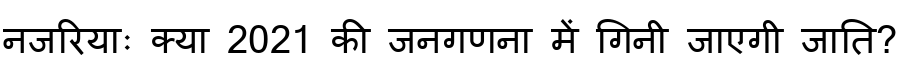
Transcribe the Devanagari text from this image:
नजरियाः क्या 2021 की जनगणना में गिनी जाएगी जाति?